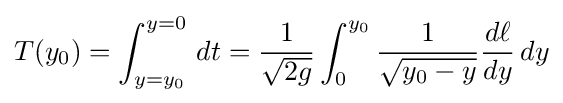
T(y_{0})=\int _{y=y_{0}}^{y=0}\,dt={\frac {1}{\sqrt {2g}}}\int _{0}^{y_{0}}{\frac {1}{\sqrt {y_{0}-y}}}{\frac {d\ell }{dy}}\,dy